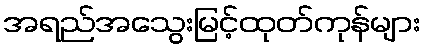
အရည်အသွေးမြင့်ထုတ်ကုန်များ